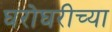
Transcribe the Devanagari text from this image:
घरोघरीच्या